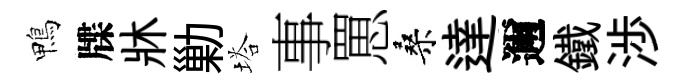
鴨牒牀勦塔事罳桑達邇鐵渉